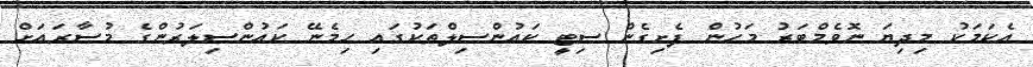
އެކަމަކު މިދިޔަ ނޮވެމްބަރު މަހުން ފެށިގެން ސިޓީ ކައުންސިލްތަކުގައި ހިމެނޭ ކައުންސިލަރުންގެ މުސާރައަށް